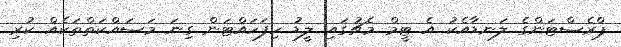
ޕްރެސްޓަންގެ ލަނޑާއެކު އެ ޓީމް މެޗުގައި ލީޑު ހިފަހައްޓަން ގިނަ މަސައްކަތްތަކެއް ކުރި